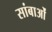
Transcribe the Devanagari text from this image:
सांबाओं